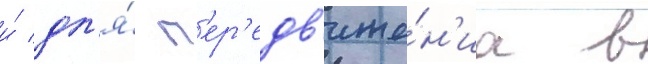
и́ дл'я́ п'ер'едв'иже́н'иа в